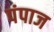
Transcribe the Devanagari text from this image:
पंपाज